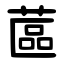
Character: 蓲